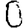
Digit: 0